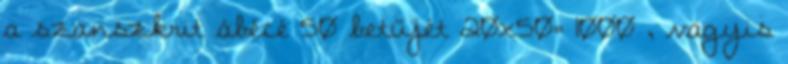
a szanszkrit ábécé 50 betűjét 20x50= 1000 , vagyis